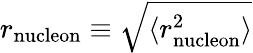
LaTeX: r_{\mathrm{nucleon}}\equiv\sqrt{\langle r_{\mathrm{nucleon}}^{2}\rangle}